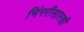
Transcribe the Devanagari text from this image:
भिंगरीसारखी